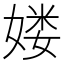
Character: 𡞱